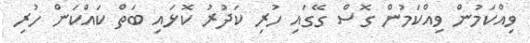
ވިއްކަމުން ވިއްކަމުން ގޮސް ގޭގައި ހުރި ކަދުރު ކޮޅައި ބަތް ކައްކަން ހުރި